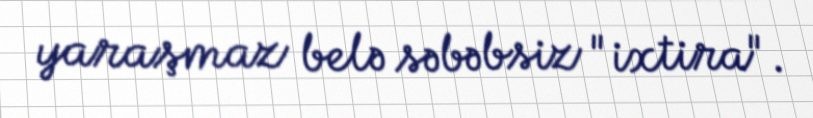
yaraşmaz belə səbəbsiz "ixtira".